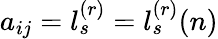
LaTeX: a_{ij}=l_{s}^{(r)}=l_{s}^{(r)}(n)